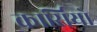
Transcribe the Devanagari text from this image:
कार्सियो